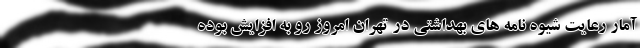
آمار رعایت شیوه نامه های بهداشتی در تهران امروز رو به افزایش بوده